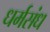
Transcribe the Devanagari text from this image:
धर्मसंध